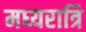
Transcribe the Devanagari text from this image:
मध्‍यरात्रि